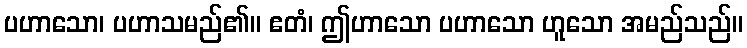
ပဟာသော၊ ပဟာသမည်၏။ ဧတံ၊ ဤဟာသော ပဟာသော ဟူသော အမည်သည်။